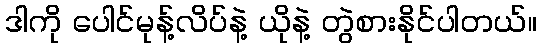
ဒါကို ပေါင်မုန့်လိပ်နဲ့ ယိုနဲ့ တွဲစားနိုင်ပါတယ်။